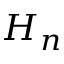
H _ { n }